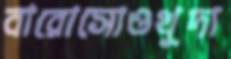
বারোসোওখুদা